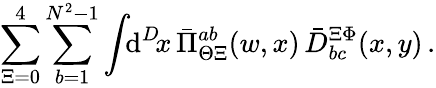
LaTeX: \sum_{\Xi=0}^{4}\sum_{b=1}^{N^{2}-1}\int\! \! \mathrm{d}^{D}\! x\, \bar{{\Pi}}_{\Theta\Xi}^{ab}(w,x)\, \bar{{D}}_{bc}^{\Xi\Phi}(x,y)\, .